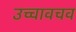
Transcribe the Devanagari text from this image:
उच्चावचव